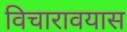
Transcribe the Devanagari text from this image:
विचारावयास